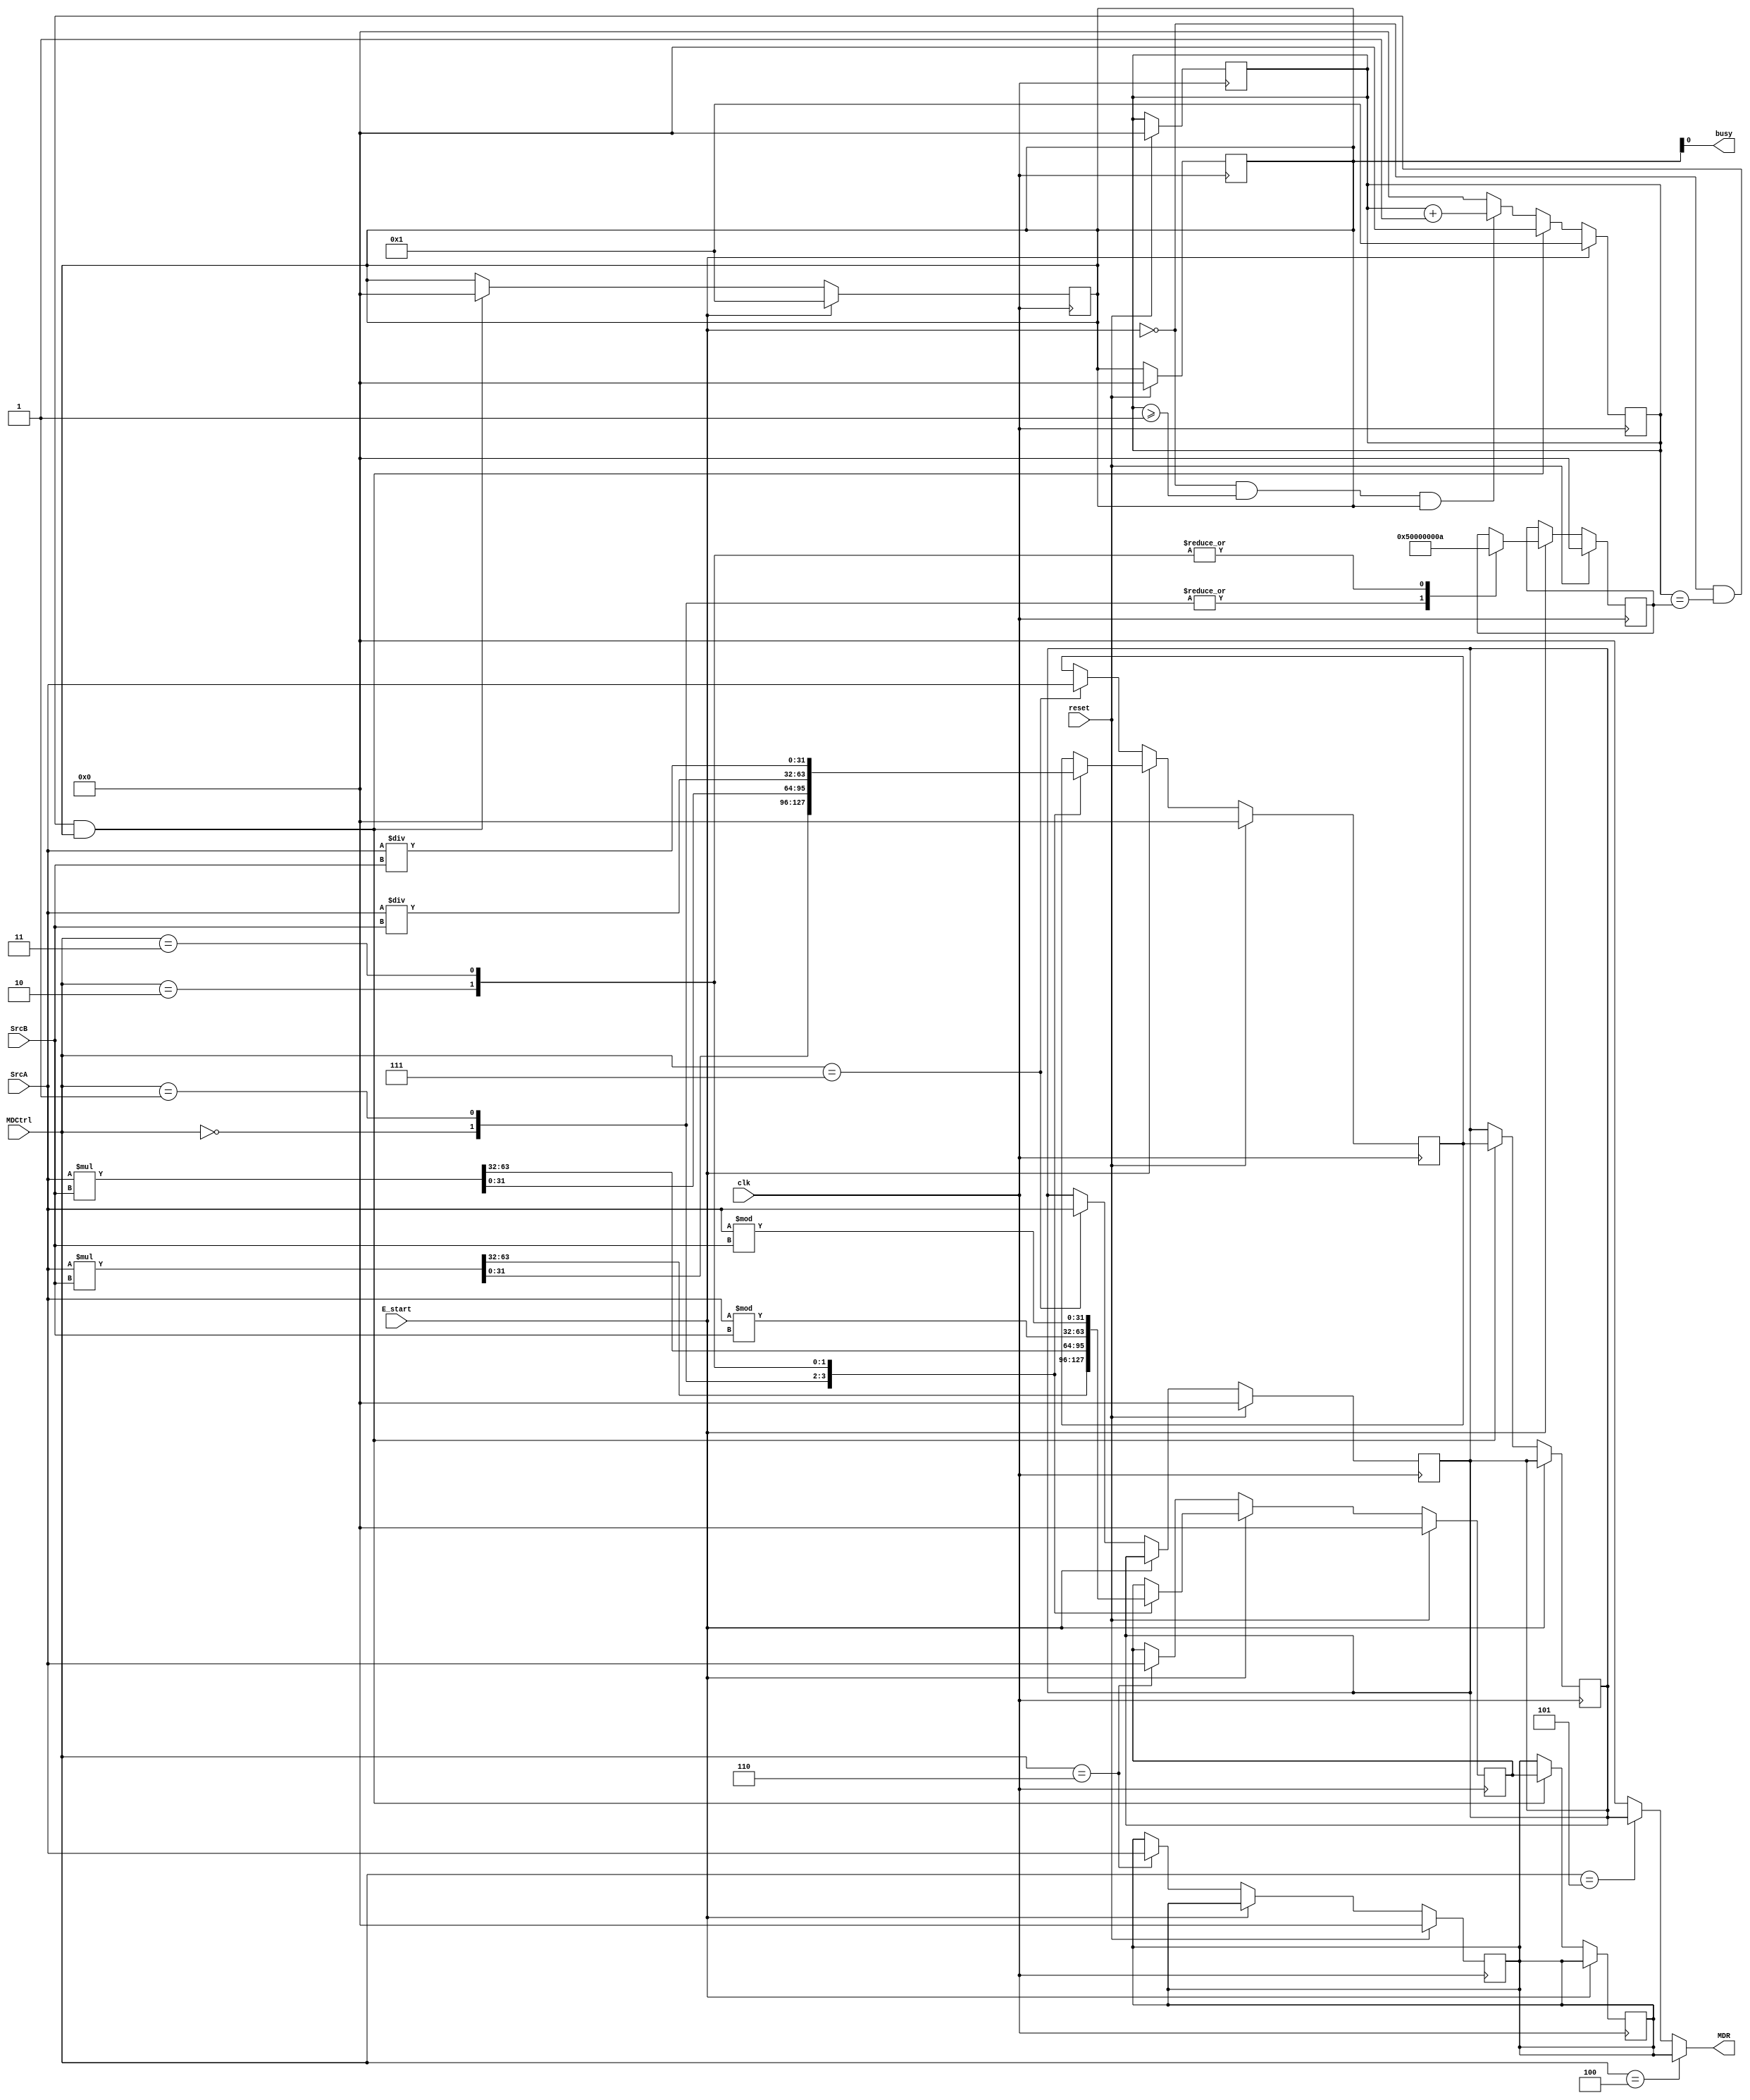
module MD (
    //input
    input clk,
	 input reset,
    input E_start,
    input [31:0] SrcA,
    input [31:0] SrcB,
    input [3:0] MDCtrl,
    //output
    output [31:0] MDR,
    output busy
    );

    reg [31:0] HI,HI_temp;
    reg [31:0] LO,LO_temp;
    reg [31:0] cnt;
    reg [31:0] max;
	 reg [31:0] busy_reg;

    always @(posedge clk ) begin
        if (reset) begin
            HI <= 32'h0000_0000;
            HI_temp <= 32'h0000_0000;
            LO <= 32'h0000_0000;
            LO_temp = 32'h0000_0000;
            cnt <= 32'h0000_0000;
            max <= 32'h0000_0000;
				busy_reg <= 32'h0000_0000;
        end
        else if (E_start) begin //E
            case (MDCtrl)
                4'b0000 : begin
                    {HI_temp,LO_temp} <= $signed (SrcA) * $signed (SrcB) ;
                    max <= 5;
                end
                4'b0001 : begin
                    {HI_temp,LO_temp} <= $unsigned (SrcA) * $unsigned (SrcB) ;
                    max <= 5;
                end
                4'b0010 : begin
                    LO_temp <= $signed (SrcA) / $signed (SrcB) ;
                    HI_temp <= $signed (SrcA) % $signed (SrcB) ;
                    max <= 10;
                end
                4'b0011 : begin
                    LO_temp <= $unsigned (SrcA) / $unsigned (SrcB);
                    HI_temp <= $unsigned (SrcA) % $unsigned (SrcB);
                    max <= 10;
                end
                default: ;
            endcase
        end
        else begin
            case (MDCtrl)
                4'b0110 : begin
                    HI <= SrcA;
						  HI_temp <= SrcA;
                end
                4'b0111 : begin
                    LO <= SrcA;
						  LO_temp <= SrcA;
                end
                default: ;
            endcase
        end
    end   

    always @(posedge clk ) begin
        if (E_start) begin
            busy_reg <= 1'b1;
            cnt <= 1;
        end
        else if ((!E_start) && (cnt == max) && busy_reg) begin
            busy_reg <= 0;
            cnt <= 0;
            HI <= HI_temp;
            LO <= LO_temp;
        end
        else if((!E_start) && (cnt >= 1) && busy_reg) begin
            cnt <= cnt + 1;
        end
		  else begin
		      cnt <= 0;
		  end
    end 
	 
	 assign busy = busy_reg;
	 assign MDR = (MDCtrl == 4'b0100) ? HI :
	              (MDCtrl == 4'b0101) ? LO :
					  32'h0000_0000;
    
endmodule